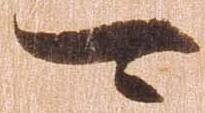
可